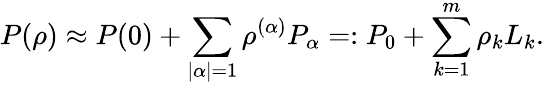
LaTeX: P(\rho)\approx P(0)+\sum_{|\alpha|=1}\rho^{(\alpha)}P_{\alpha}=:P_{0}+\sum_{k=1}^{m}\rho_{k}L_{k}.